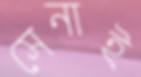
সেনাই